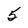
Character: 5